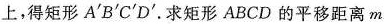
上，得矩形A^{\prime}B^{\prime}C^{\prime}D^{\prime}.求矩形ABCD的平移距离m